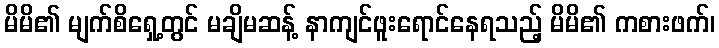
မိမိ၏ မျက်စိရှေ့တွင် မချိမဆန့် နာကျင်ဖူးရောင်နေရသည့် မိမိ၏ ကစားဖက်၊